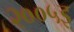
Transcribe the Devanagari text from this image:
२००५इ